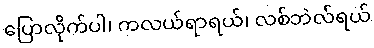
ပြောလိုက်ပါ၊ ကလယ်ရာရယ်၊ လစ်ဘဲလ်ရယ်